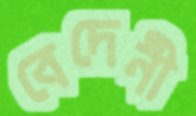
বেদেনী